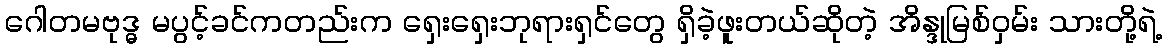
ဂေါတမဗုဒ္ဓ မပွင့်ခင်ကတည်းက ရှေးရှေးဘုရားရှင်တွေ ရှိခဲ့ဖူးတယ်ဆိုတဲ့ အိန္ဒုမြစ်ဝှမ်း သားတို့ရဲ့